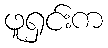
ဖူရှင်းက